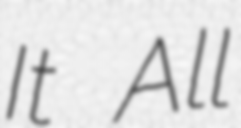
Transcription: It All